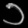
Digit: ၁